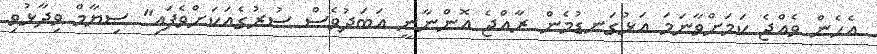
އެހެން ވެއްޖެ ކަމަށްވާނަމަ އަޅުގަނޑުމެން ރާއްޖެ އޮންނާނީ އަބަދުވެސް ސުރުގެއަކަށްވެފައި" ސިޔާމް ވިދާޅުވި